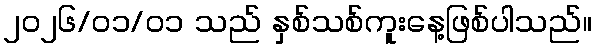
၂၀၂၆/၀၁/၀၁ သည် နှစ်သစ်ကူးနေ့ဖြစ်ပါသည်။